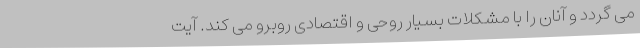
می گردد و آنان را با مشکلات بسیار روحی و اقتصادی روبرو می کند. آیت